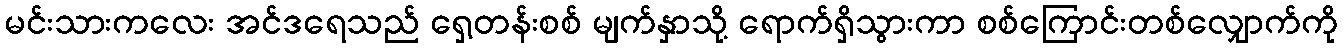
မင်းသားကလေး အင်ဒရေသည် ရှေ့တန်းစစ် မျက်နှာသို့ ရောက်ရှိသွားကာ စစ်ကြောင်းတစ်လျှောက်ကို